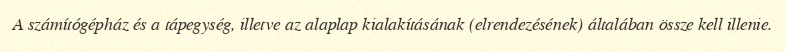
A számítógépház és a tápegység, illetve az alaplap kialakításának (elrendezésének) általában össze kell illenie.